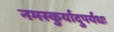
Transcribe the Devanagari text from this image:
नमस्कुर्यादुपर्यधः